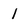
Character: 1